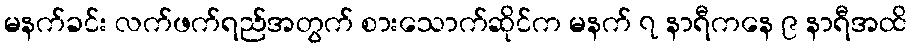
မနက်ခင်း လက်ဖက်ရည်အတွက် စားသောက်ဆိုင်က မနက် ၇ နာရီကနေ ၉ နာရီအထိ